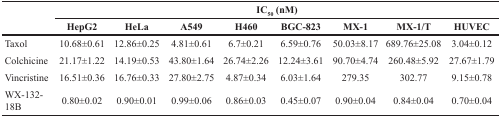
| <ROWSPAN=2>  | <COLSPAN=8> IC50 (nM) |
 | HepG2 | HeLa | A549 | H460 | BGC-823 | MX-1 | MX-1/T | HUVEC |
 | --- | --- | --- | --- | --- | --- | --- | --- | --- |
 | Taxol | 10.68±0.61 | 12.86±0.25 | 4.81±0.61 | 6.7±0.21 | 6.59±0.76 | 50.03±8.17 | 689.76±25.08 | 3.04±0.12 |
 | Colchicine | 21.17±1.22 | 14.19±0.53 | 43.80±1.64 | 26.74±2.26 | 12.24±3.61 | 90.70±4.74 | 260.48±5.92 | 27.67±1.79 |
 | Vincristine | 16.51±0.36 | 16.76±0.33 | 27.80±2.75 | 4.87±0.34 | 6.03±1.64 | 279.35 | 302.77 | 9.15±0.78 |
 | WX-132-18B | 0.80±0.02 | 0.90±0.01 | 0.99±0.06 | 0.86±0.03 | 0.45±0.07 | 0.90±0.04 | 0.84±0.04 | 0.70±0.04 |